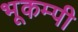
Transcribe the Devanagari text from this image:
भूकम्पी